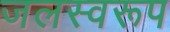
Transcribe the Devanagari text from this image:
जलस्वरूप